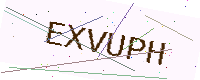
Text: EXVUPH